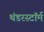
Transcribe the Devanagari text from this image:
थंडरस्टॉर्म